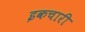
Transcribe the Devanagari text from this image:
इकचारी